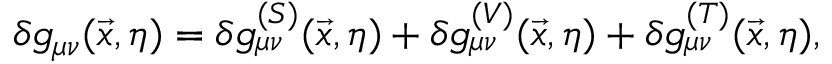
\delta g _ { \mu \nu } ( \vec { x } , \eta ) = \delta g _ { \mu \nu } ^ { ( S ) } ( \vec { x } , \eta ) + \delta g _ { \mu \nu } ^ { ( V ) } ( \vec { x } , \eta ) + \delta g _ { \mu \nu } ^ { ( T ) } ( \vec { x } , \eta ) ,